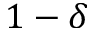
1 - \delta